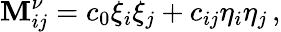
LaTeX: \mathbf{M}_{ij}^{\nu}=c_{0}\xi_{i}\xi_{j}+c_{ij}\eta_{i}\eta_{j}\, ,